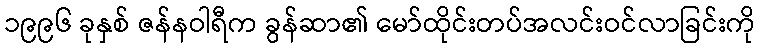
၁၉၉၆ ခုနှစ် ဇန်နဝါရီက ခွန်ဆာ၏ မော်ထိုင်းတပ်အလင်းဝင်လာခြင်းကို